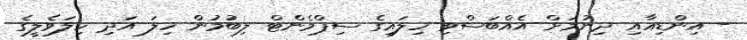
- އިންޑިއާއި ދިނުމަށް އެއްބަސްވި ހިލައިގެ ސިޕްމެންޓް ލިބުމުން ހިލަ އަދި ހިލަވެލީގެ